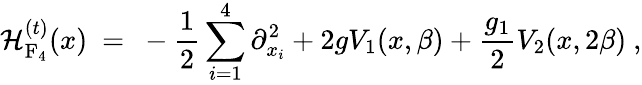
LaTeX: {\cal H}_{\mathrm{F_{4}}}^{(t)}(x)\ =\ -\frac{1}{2}\sum_{i=1}^{4}\partial_{x_{i}}^{2}+2gV_{1}(x,\beta)+\frac{g_{1}}{2}V_{2}(x,2\beta)\ ,